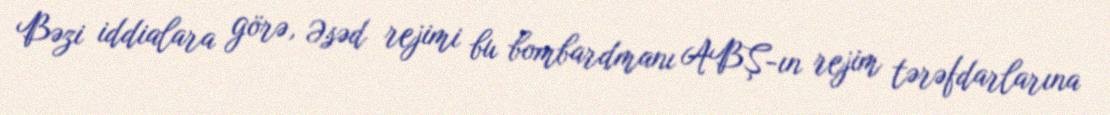
Bəzi iddialara görə, Əsəd rejimi bu bombardmanı ABŞ-ın rejim tərəfdarlarına